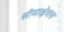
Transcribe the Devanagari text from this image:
सीमाक्षेत्रास